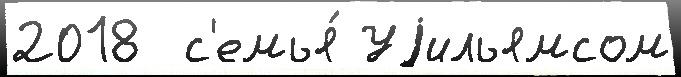
2018  с'емья́ Уjильямсом